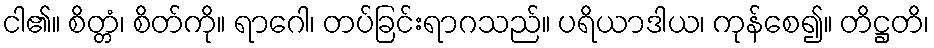
ငါ၏။ စိတ္တံ၊ စိတ်ကို။ ရာဂေါ၊ တပ်ခြင်းရာဂသည်။ ပရိယာဒါယ၊ ကုန်စေ၍။ တိဋ္ဌတိ၊